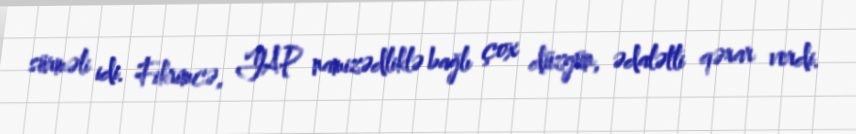
sürməli idi. Fikrimcə, YAP namizədliklə bağlı çox düzgün, ədalətli qərar verdi.